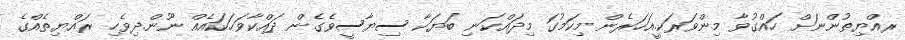
ރއްޔިތުންނަށް ހައްގުވާ މިންވަރަކީ.އަހަރެން މިކަމުގަ މިދައްކަނި ބަޔަކާ ސިޔާސީވެގެން ދައްކާވަހަކައެއް ނޫން.ދިވެހި ރައްޔިތެއްގެ